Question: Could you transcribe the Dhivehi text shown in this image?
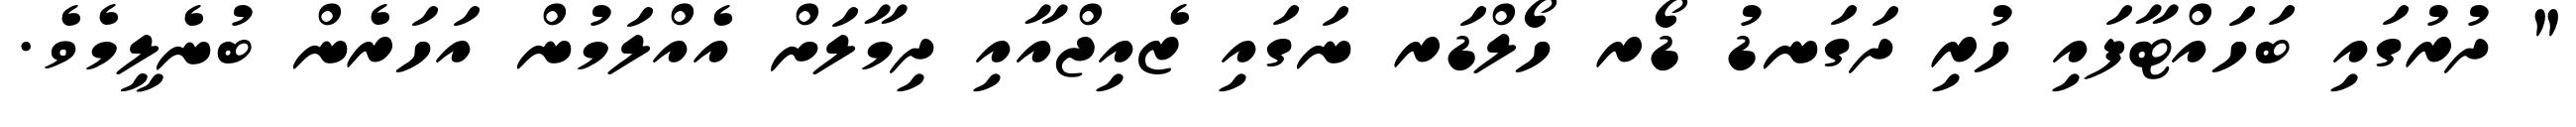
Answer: " ދުރުގައި ބަހައްޓާފައި ހުރި ދަގަނޑު ޑޯރ ހޯލްޑަރ ނަގައި ޒެއިޖްއާއި ދިމާލަށް އެއްލަމުން އަހަރެން ބުނެލީމެވެ.